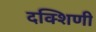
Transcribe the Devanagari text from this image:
दक्शिणी